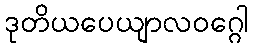
ဒုတိယပေယျာလဝဂ္ဂေါ